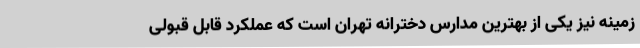
زمینه نیز یکی از بهترین مدارس دخترانه تهران است که عملکرد قابل قبولی